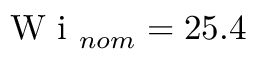
\mathrm { ~ W ~ i ~ } _ { n o m } = 2 5 . 4